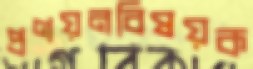
প্রণয়নবিষয়ক